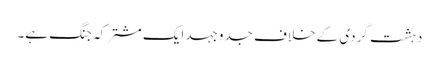
دہشت گردی کے خلاف جدوجہد ایک مشترکہ جنگ ہے۔